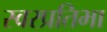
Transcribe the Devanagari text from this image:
स्वरप्रतिभा